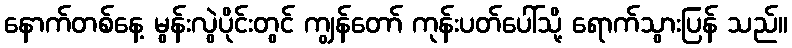
နောက်တစ်နေ့ မွန်းလွဲပိုင်းတွင် ကျွန်တော် ကုန်းပတ်ပေါ်သို့ ရောက်သွားပြန် သည်။